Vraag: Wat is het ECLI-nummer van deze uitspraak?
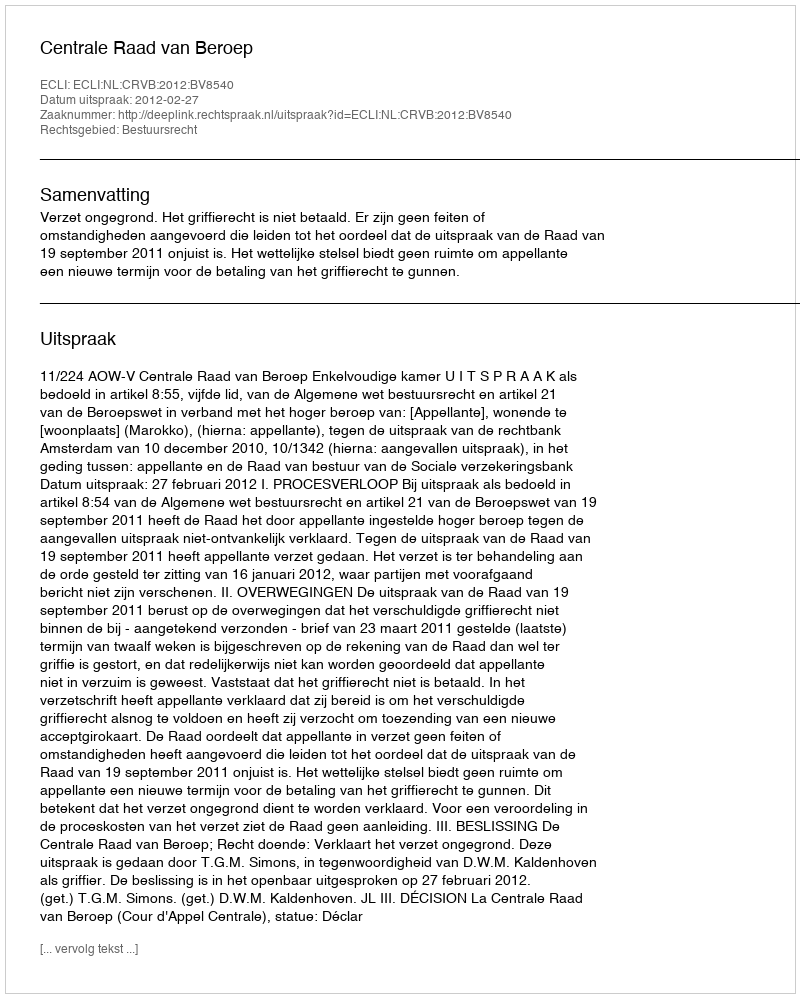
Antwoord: ECLI:NL:CRVB:2012:BV8540